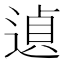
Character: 遉